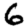
Digit: 6